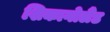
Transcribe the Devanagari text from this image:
शिकागोलैंड